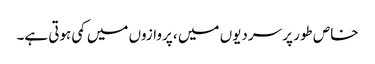
خاص طور پر سردیوں میں ، پروازوں میں کمی ہوتی ہے۔